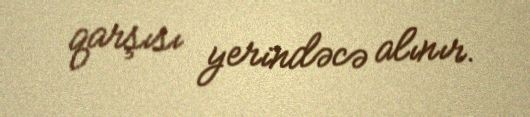
qarşısı yerindəcə alınır.